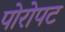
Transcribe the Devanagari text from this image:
पोरोपट